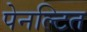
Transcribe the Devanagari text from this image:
पेनल्टित